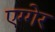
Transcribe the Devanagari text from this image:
एग्गेर